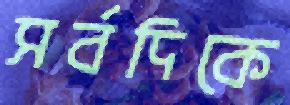
সর্বদিকে